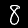
Digit: 8